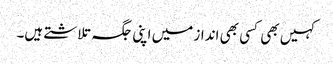
کہیں بھی کسی بھی انداز میں اپنی جگہ تلاشتے ہیں۔